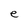
Character: e